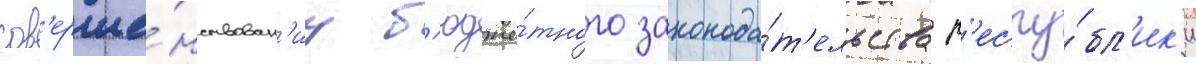
сов'ерше́нствован'иу б'юдже́тного законода́т'ельства р'еспу́бл'ик'и